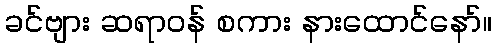
ခင်ဗျား ဆရာဝန် စကား နားထောင်နော်။